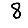
Digit: 8